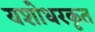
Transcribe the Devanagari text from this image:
यशोधरकृत